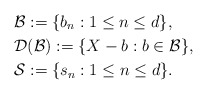
\begin{align*}&\mathcal{B}:=\{b_n:1\leq n\leq d\},\\&\mathcal{D}(\mathcal{B}):=\{X-b:b\in\mathcal{B}\},\\&\mathcal{S}:=\{s_n:1\leq n\leq d\}.\end{align*}